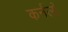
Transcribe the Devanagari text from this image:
कर्नलों